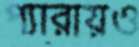
প্যারায়ও